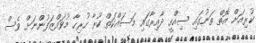
ކުރިއަށް އޮތް ތަނުގައި ސިއްހީ ދާއިރާގައި މަސައްކަތް ކުރާ ހުރިހާ މުވައްޒަފުންނަށް ވެސް